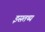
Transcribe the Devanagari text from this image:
इसतथ्य